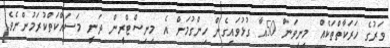
ވަރުގެ ހަރަކާތްތަކެއް މިނިވަން 50އާ ގުޅުވައިގެން ހިންގުމަށް އެ މިނިސްޓްރީން ދަނީ މަސައްކަތްކުރަމުންނެވެ.